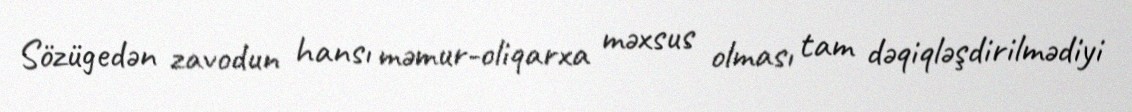
Sözügedən zavodun hansı məmur-oliqarxa məxsus olması tam dəqiqləşdirilmədiyi